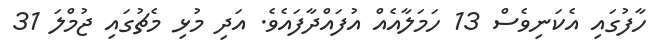
ހާފުގައި އެކަނިވެސް 13 ހަމަލާއެއް އުފައްދާފައެވެ. އަދި މުޅި މެޗުގައި ޖުމްލަ 31